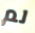
لم